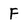
Character: F